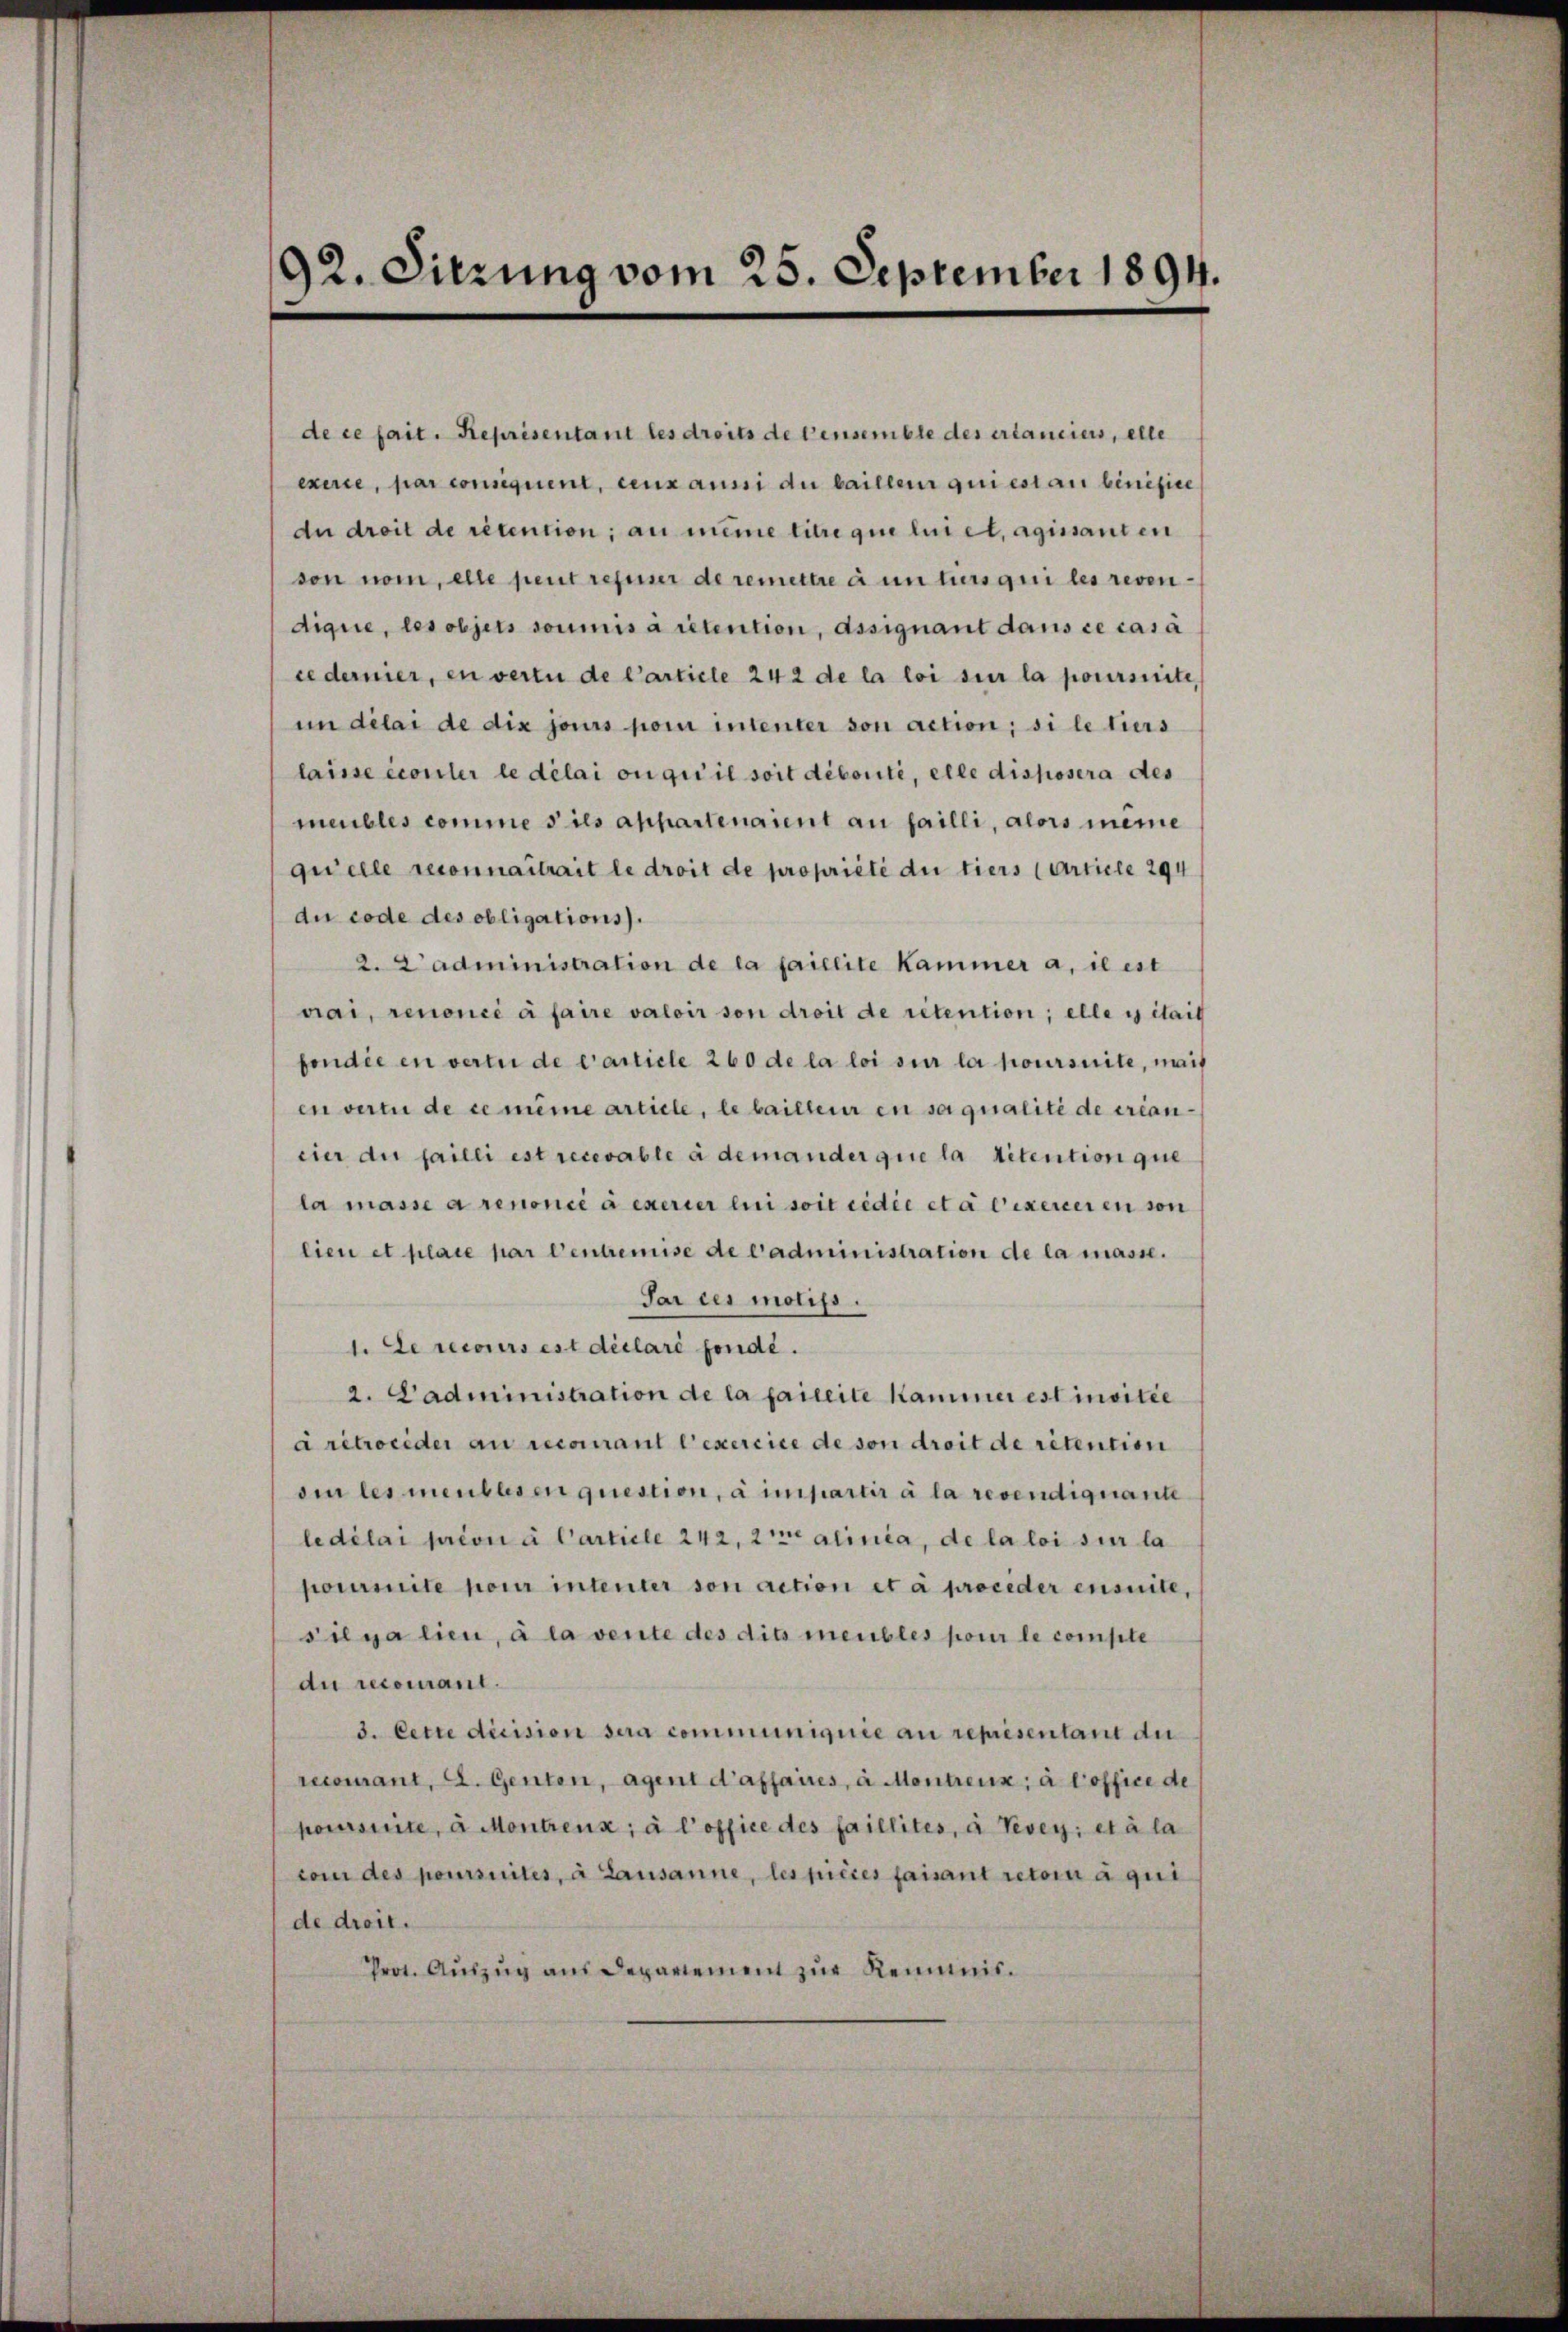
92. Sitzung vom 25. September 1894.

de ce fait. Reprisentant les droits de pensemble des erlanciers, elle
exerce, par consequent, ceuxaussi du bailleur qui est an benefice
du droit de rétention, au même titre que lin et agissanten
von nom, elle peut refuser de remettre à un turs qui les revendigie, les objets soumis à retention, Assignant dans ce casa
cedernier, en vertu de Carticle 242 de la loi sur la poursuite,
im délai de dix jours pom intenter von action; si le tiers
laisse écouler le délai ou qui il soit débonté, elle disposera des
meubles commes ils appartenaient an failli, alors meine
quelle reconnaitrait le droit de propriété due tiers (Article 294
due code des obligations).
2. Cadministration de la faillite Kammer a, il est
nai, renoncé à faire valoir von droit de rétention; elle es itail
fondée en verte de Carticle 260 de la loi sur la poursuite, mais
en vertu de ce même article, le bailleur in sa qualité de créan-
cier die failli est recevable à demander que la détention que
la masse a renoncé à exercer lui soit cedie et à l’exercer en von
lien et place par Centremise de l’administration de la masse.
Par des motifs.
1. Le recours est déclaré fonde.
2. Dadministration de la faileite Kammer est invitie
a retrocider au recourant l’exercice de von droit de retention
sin les meubles en question, à inpartir à la revendignante
ledélai prion à Carticle 242. Er alinia, de la loi sur la
pourmite pour intenter son action et à proceder ensuite,
silya lieu, à la venite des dits meubles pour le compte
du recomant.
3. Cette dicision sera communigirie au représentant du
recourant, A. Genten, Agent d’affaires, à Montreux, à l’office de
poursuite, à Montrenz; à l’office des faillités, à Vevey; et à la
rom des poursuites, à Lausanne, les pièces faisant retori à qui
de dreit.
Prot. Auszug aus Departement zur Reimis¬